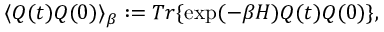
\langle Q ( t ) Q ( 0 ) \rangle _ { \beta } : = T r \{ \exp ( - \beta H ) Q ( t ) Q ( 0 ) \} ,